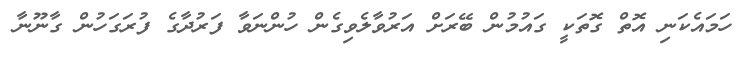
ހަމައެކަނި އޮތް ގޮތަކީ ގައުމުން ބޭރަށް އަރުވާލެވިގެން ހުންނަވާ ފަރުދާގެ ފުރަގަހުން ގާނޫނާ